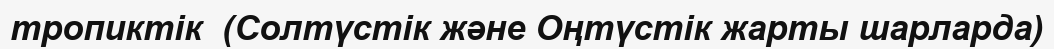
тропиктік  (Солтүстік және Оңтүстік жарты шарларда)